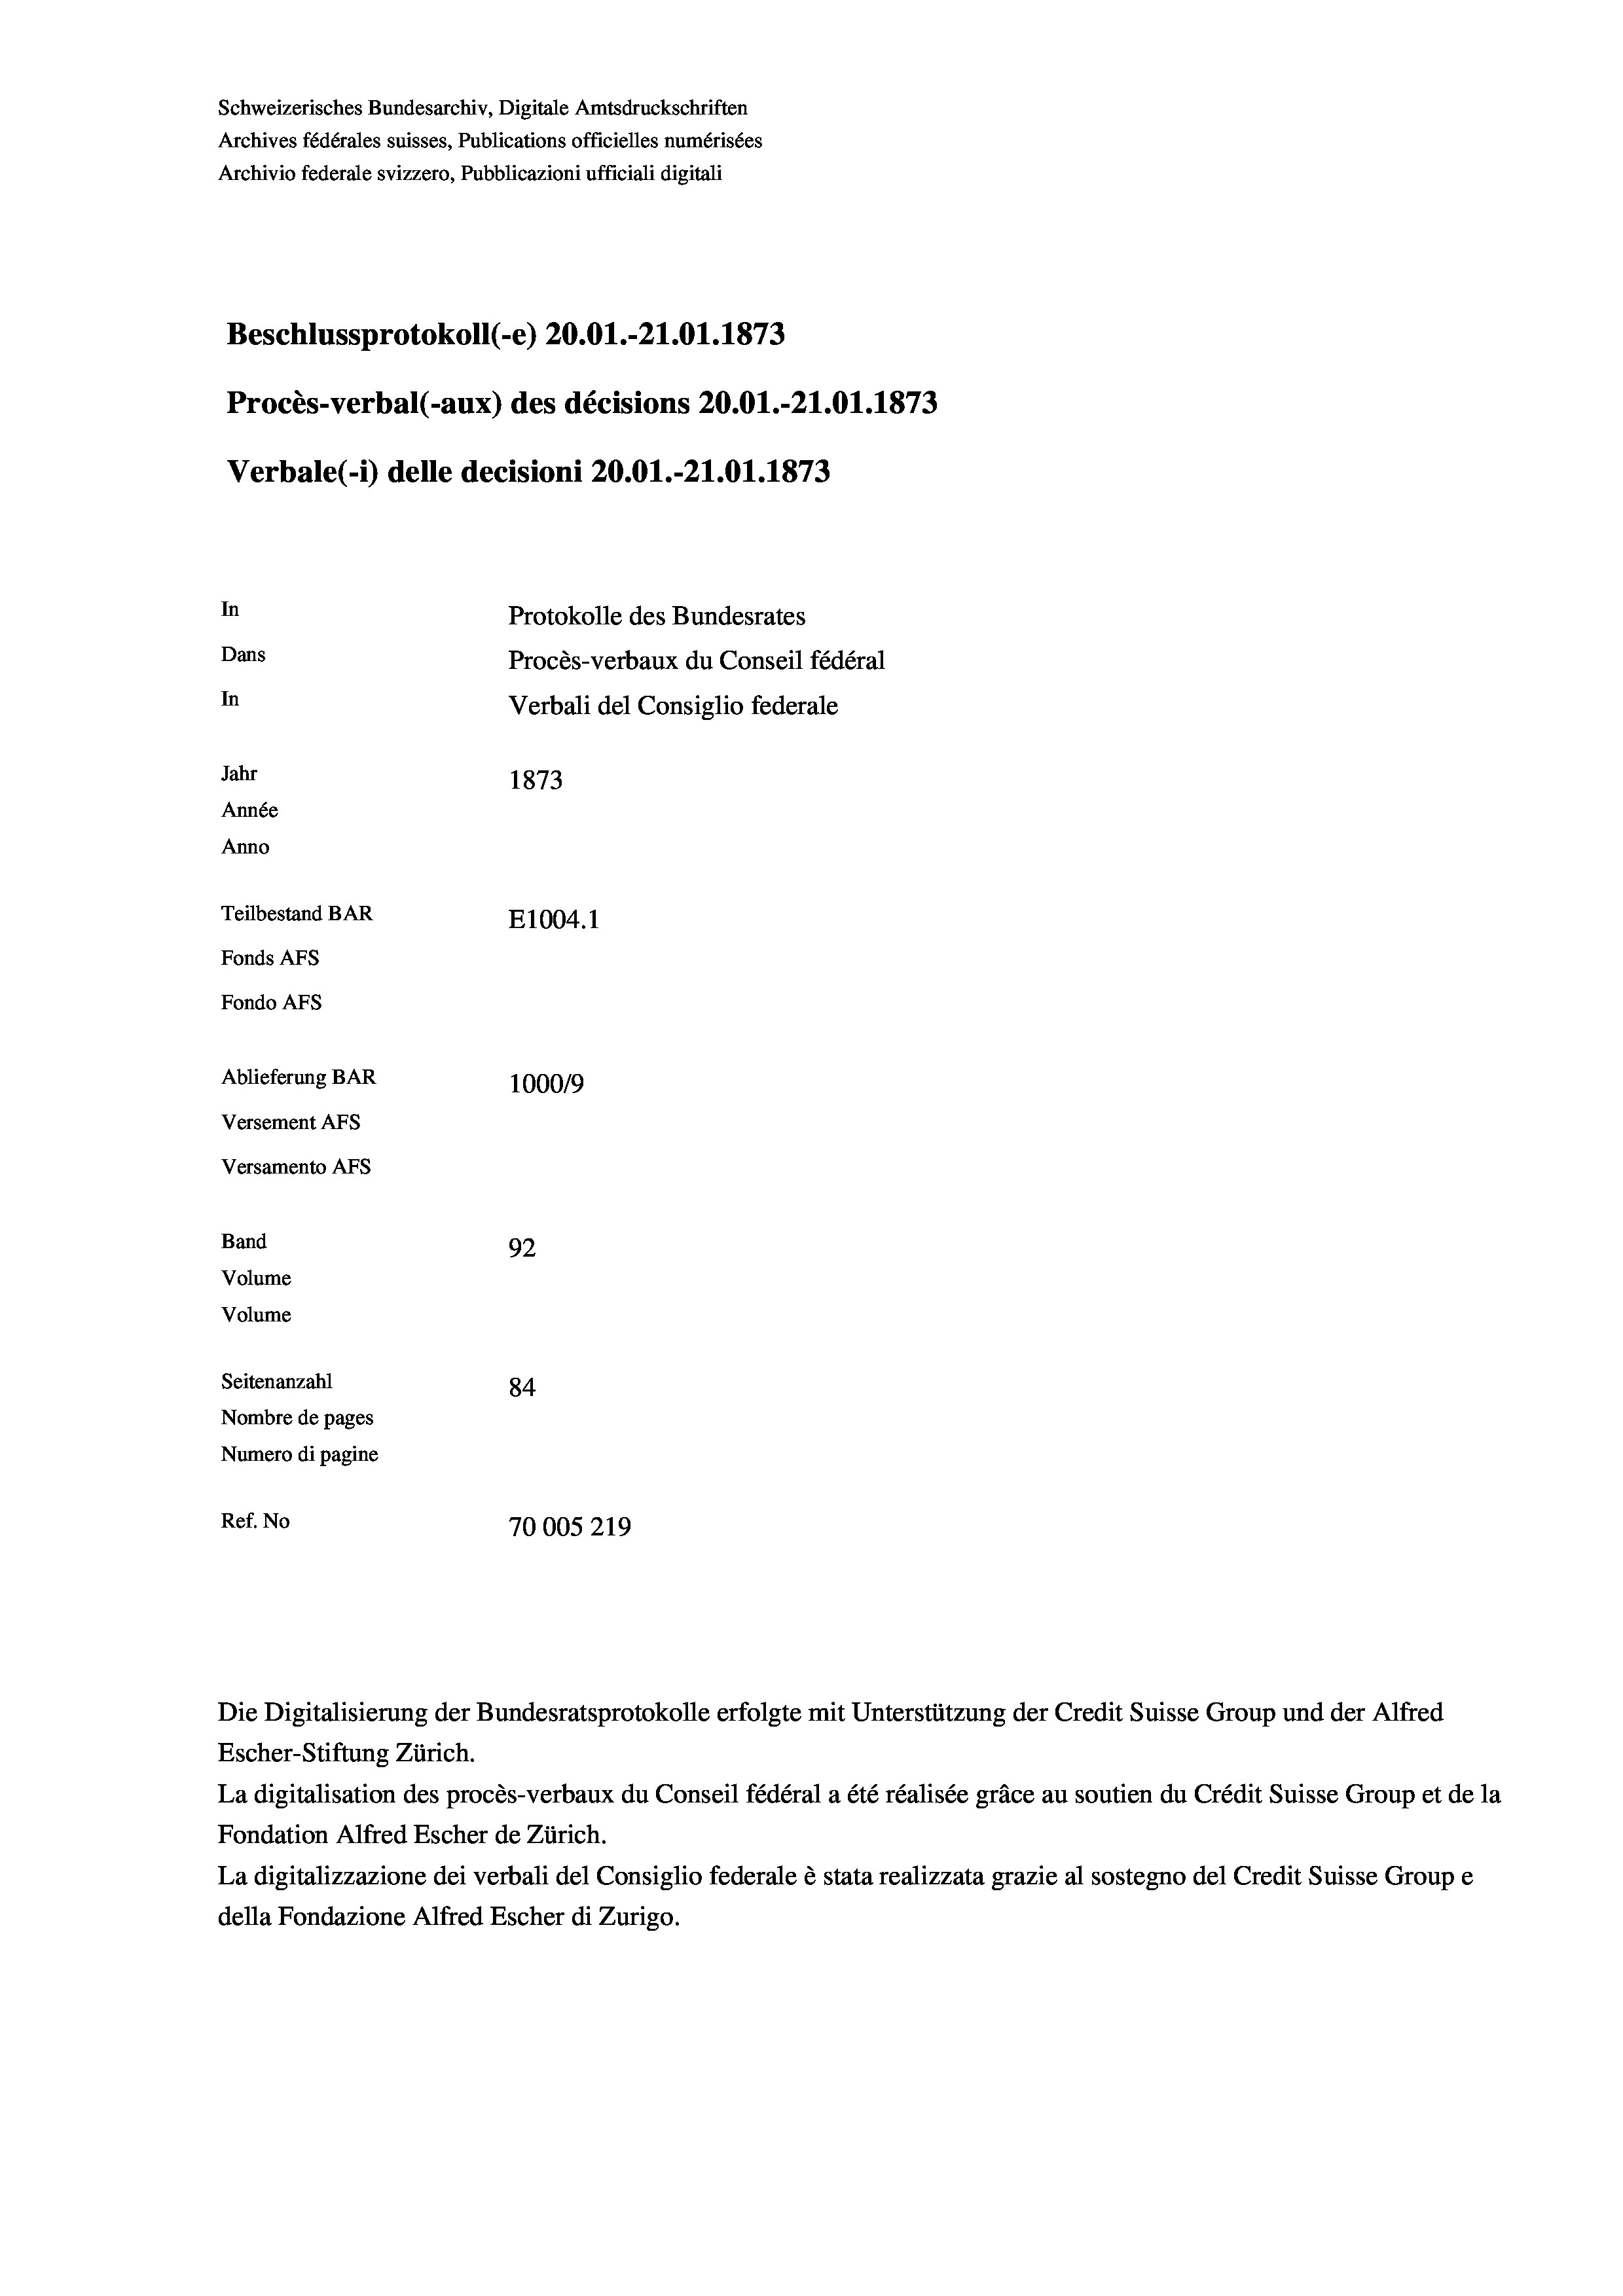
Schweizerisches Bundesarchiv, Digitale Amtsdruckschriften
Archives fédérales suisses, Publications officielles numérisées
Archivio federale svizzero, Pubblicazioni ufficiali digitali
Beschlussprotokoll (-e) 20.01.-21.01. 1873
Procès-verbal (-aux) des décisions 20.01.-21.01.1873
Verbale(*) delle decisioni 20.01.-21.01. 1873
In
Protokolle des Bundesrates
Dans
Procès-verbaux du Conseil fédéral
In
Verbali del Consiglio federale
Jahr
1873
Année
Anno
Teilbestand BAR
E1004.1
Fonds AFs
Fondo AFS
Ablieferung BAR
100019
Versement AFs
Versamento AFs
Band
92
Volume
Volume
Seitenanzahl
84
Nombre de pages
Numero di pagine
Ref. No
70005219

Escher-Stiftung Zürich.
La digitalisation des procès-verbaux du Conseil fédéral a été réalisée gräce au soutien du Crédit Suisse Group et de la
Fondation Alfred Escher de Zürich.
La digitalizzazione dei verbali del Consiglio federale è stata realizzata grazie al sostegno del Credit Suisse Groupe
della Fondazione Alfred Escher di Zurigo.

Die Digitalisierung der Bundesratsprotokolle erfolgte mit Unterstützung der Credit Suisse Group und der Alfred